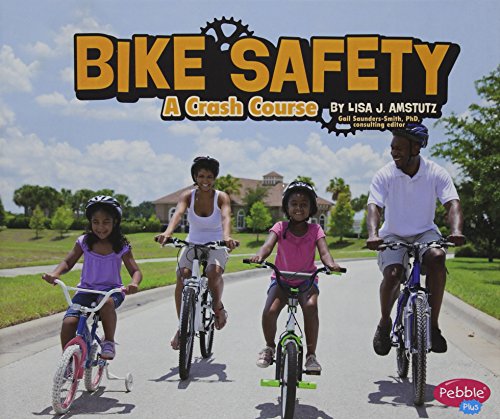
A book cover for Bike Safety: A Crash Course (Spokes); Lisa J. Amstutz; Children's Books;